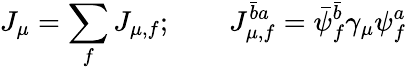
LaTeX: J_{\mu}=\sum_{f}J_{\mu,f};\qquad J_{\mu,f}^{\bar{b}a}=\bar{\psi}_{f}^{\bar{b}}\gamma_{\mu}\psi_{f}^{a}